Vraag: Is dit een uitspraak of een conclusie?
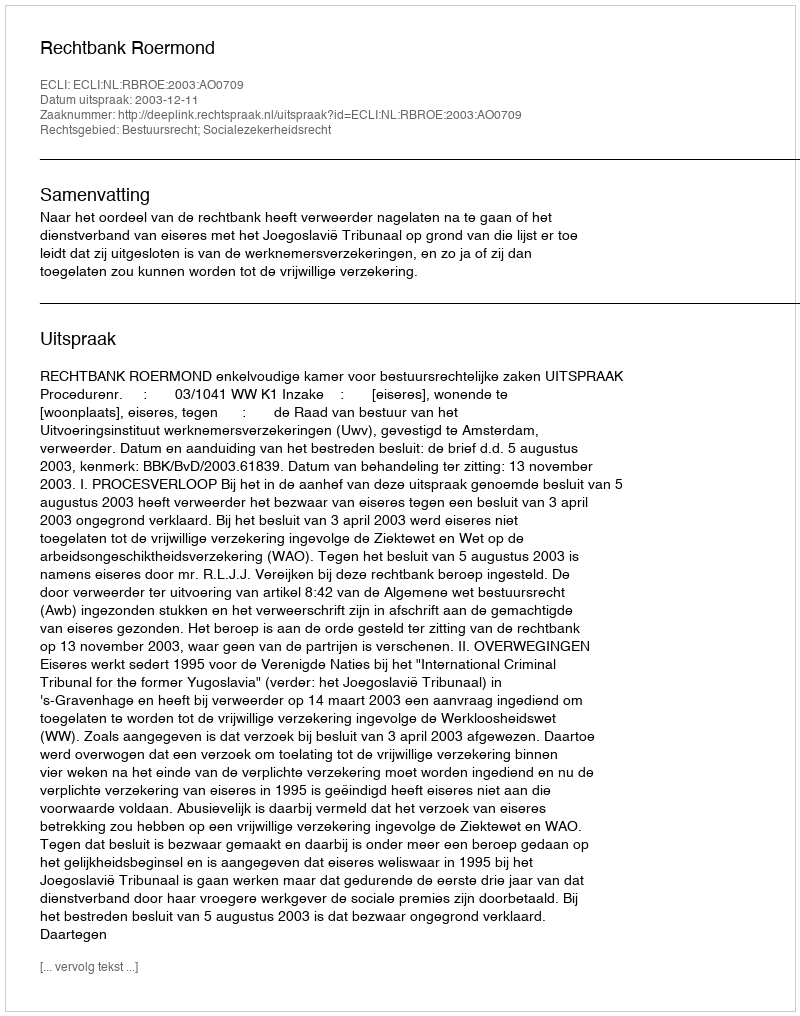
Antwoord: Uitspraak